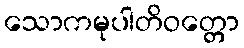
သောကမုပါတိဝတ္တော